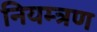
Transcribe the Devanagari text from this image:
नियम्त्रण